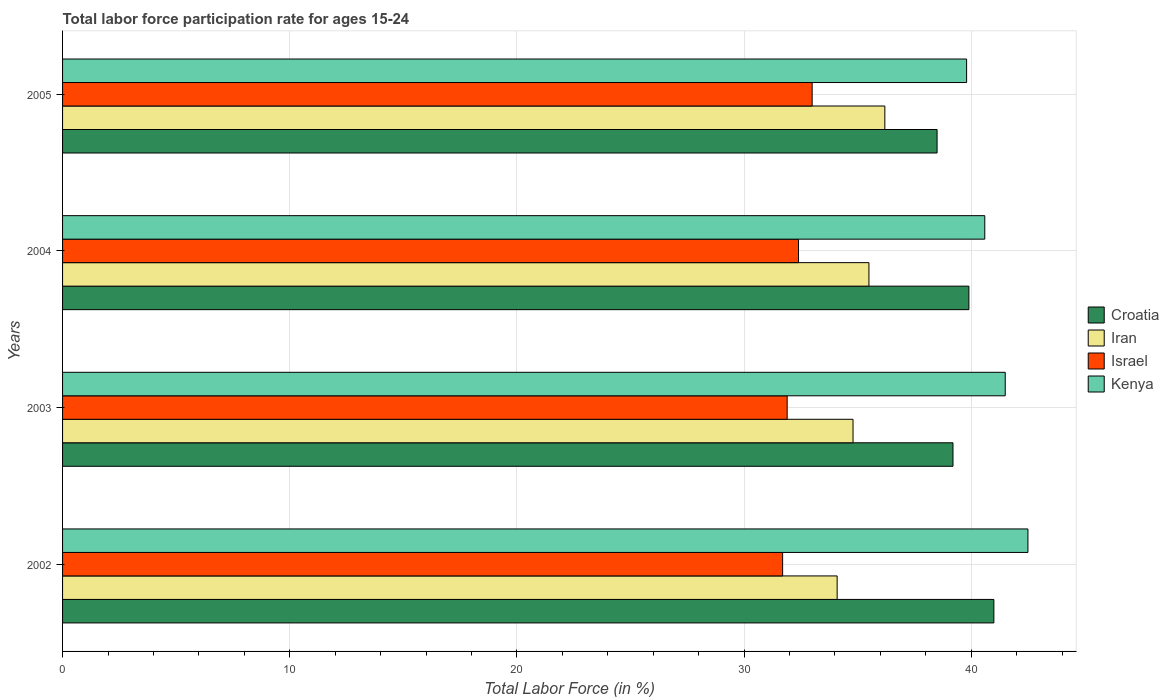
| Years | Croatia | Iran | Israel | Kenya |
 | --- | --- | --- | --- | --- |
 | 2002 | 41 | 34.1 | 31.7 | 42.5 |
 | 2003 | 39.2 | 34.8 | 31.9 | 41.5 |
 | 2004 | 39.9 | 35.5 | 32.4 | 40.6 |
 | 2005 | 38.5 | 36.2 | 33 | 39.8 |